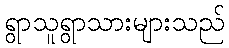
ရွာသူရွာသားများသည်